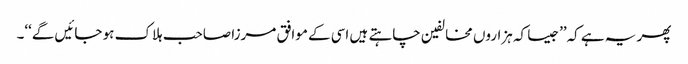
پھر یہ ہے کہ’’جیسا کہ ہزاروں مخالفین چاہتے ہیں اسی کے موافق مرزا صاحب ہلاک ہو جائیں گے‘‘۔